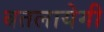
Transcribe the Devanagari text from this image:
बतलायेगी